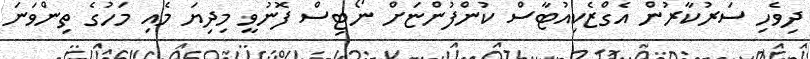
ދިވެހި ސަރުކާރުން އެގްޒެކިއުޓާސް ކުންފުންޏަށް ނޯޓިސް ފޮނުވީ މިދިޔަ މެއި މަހުގެ ތިންވަނަ